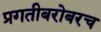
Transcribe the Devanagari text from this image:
प्रगतीबरोबरच